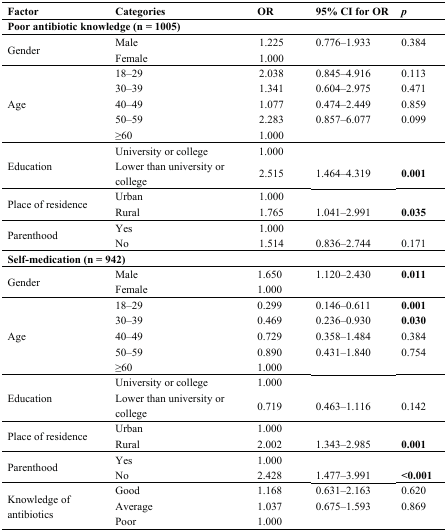
<table><thead><tr><td><b>Factor</b></td><td><b>Categories</b></td><td><b>OR</b></td><td><b>95% CI for OR</b></td><td><b><i>p</i></b></td></tr></thead><tbody><tr><td colspan="5"><b>Poor antibiotic knowledge (n = 1005)</b></td></tr><tr><td rowspan="2">Gender</td><td>Male</td><td>1.225</td><td>0.776–1.933</td><td>0.384</td></tr><tr><td>Female</td><td>1.000</td><td></td><td></td></tr><tr><td rowspan="5">Age</td><td>18–29</td><td>2.038</td><td>0.845–4.916</td><td>0.113</td></tr><tr><td>30–39</td><td>1.341</td><td>0.604–2.975</td><td>0.471</td></tr><tr><td>40–49</td><td>1.077</td><td>0.474–2.449</td><td>0.859</td></tr><tr><td>50–59</td><td>2.283</td><td>0.857–6.077</td><td>0.099</td></tr><tr><td>≥60</td><td>1.000</td><td></td><td></td></tr><tr><td rowspan="2">Education</td><td>University or college</td><td>1.000</td><td></td><td></td></tr><tr><td>Lower than university or college</td><td>2.515</td><td>1.464–4.319</td><td><b>0.001</b></td></tr><tr><td rowspan="2">Place of residence</td><td>Urban</td><td>1.000</td><td></td><td></td></tr><tr><td>Rural</td><td>1.765</td><td>1.041–2.991</td><td><b>0.035</b></td></tr><tr><td rowspan="2">Parenthood</td><td>Yes</td><td>1.000</td><td></td><td></td></tr><tr><td>No</td><td>1.514</td><td>0.836–2.744</td><td>0.171</td></tr><tr><td colspan="5"><b>Self-medication (n = 942)</b></td></tr><tr><td rowspan="2">Gender</td><td>Male</td><td>1.650</td><td>1.120–2.430</td><td><b>0.011</b></td></tr><tr><td>Female</td><td>1.000</td><td></td><td></td></tr><tr><td rowspan="5">Age</td><td>18–29</td><td>0.299</td><td>0.146–0.611</td><td><b>0.001</b></td></tr><tr><td>30–39</td><td>0.469</td><td>0.236–0.930</td><td><b>0.030</b></td></tr><tr><td>40–49</td><td>0.729</td><td>0.358–1.484</td><td>0.384</td></tr><tr><td>50–59</td><td>0.890</td><td>0.431–1.840</td><td>0.754</td></tr><tr><td>≥60</td><td>1.000</td><td></td><td></td></tr><tr><td rowspan="2">Education</td><td>University or college</td><td>1.000</td><td></td><td></td></tr><tr><td>Lower than university or college</td><td>0.719</td><td>0.463–1.116</td><td>0.142</td></tr><tr><td rowspan="2">Place of residence</td><td>Urban</td><td>1.000</td><td></td><td></td></tr><tr><td>Rural</td><td>2.002</td><td>1.343–2.985</td><td><b>0.001</b></td></tr><tr><td rowspan="2">Parenthood</td><td>Yes</td><td>1.000</td><td></td><td></td></tr><tr><td>No</td><td>2.428</td><td>1.477–3.991</td><td><b>&lt;0.001</b></td></tr><tr><td rowspan="3">Knowledge of antibiotics</td><td>Good</td><td>1.168</td><td>0.631–2.163</td><td>0.620</td></tr><tr><td>Average</td><td>1.037</td><td>0.675–1.593</td><td>0.869</td></tr><tr><td>Poor</td><td>1.000</td><td></td><td></td></tr></tbody></table>